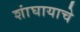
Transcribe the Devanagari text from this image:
शांघायाचे